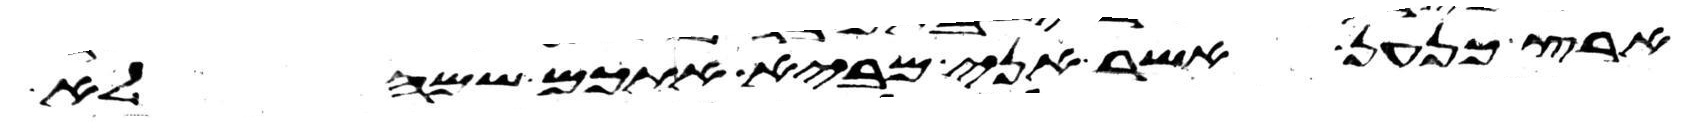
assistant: ארץ כנען אשר אני מביא אתכם שמה לא